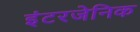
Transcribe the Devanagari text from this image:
इंटरजेनिक